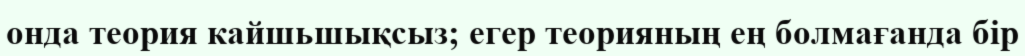
онда теория кайшьшықсыз; егер теорияның ең болмағанда бір